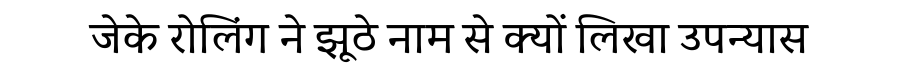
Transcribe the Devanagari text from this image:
जेके रोलिंग ने झूठे नाम से क्यों लिखा उपन्यास